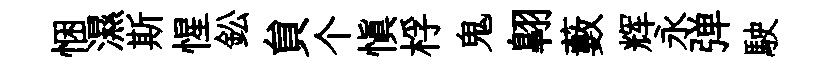
悃濕斯惺鈆貟个愼桴鬼翺藪辉永弹駛